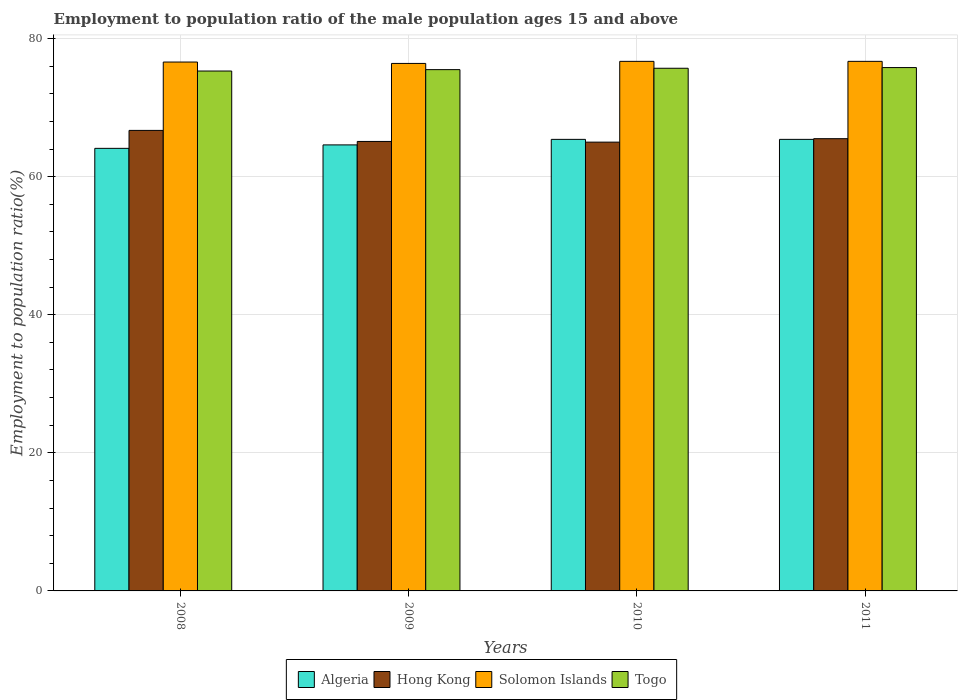
| Years | Algeria | Hong Kong | Solomon Islands | Togo |
 | --- | --- | --- | --- | --- |
 | 2008 | 64.1 | 66.7 | 76.6 | 75.3 |
 | 2009 | 64.6 | 65.1 | 76.4 | 75.5 |
 | 2010 | 65.4 | 65 | 76.7 | 75.7 |
 | 2011 | 65.4 | 65.5 | 76.7 | 75.8 |